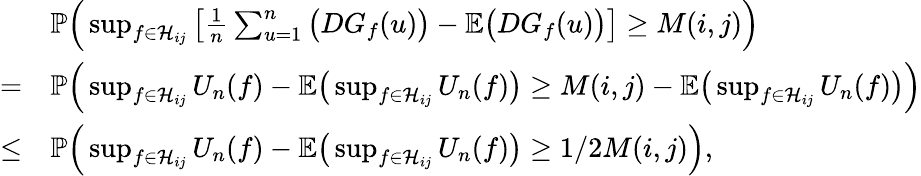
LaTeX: \begin{array}{rl}&{\mathbb{P}\Big(\operatorname*{sup}_{f\in\mathcal{H}_{ij}}\big[\frac{1}{n}\sum_{u=1}^{n}\big(DG_{f}(u)\big)-\mathbb{E}\big(DG_{f}(u)\big)\big]\geq M(i,j)\Big)}\\ {=}&{\mathbb{P}\Big(\operatorname*{sup}_{f\in\mathcal{H}_{ij}}U_{n}(f)-\mathbb{E}\big(\operatorname*{sup}_{f\in\mathcal{H}_{ij}}U_{n}(f)\big)\geq M(i,j)-\mathbb{E}\big(\operatorname*{sup}_{f\in\mathcal{H}_{ij}}U_{n}(f)\big)\Big)}\\ {\leq}&{\mathbb{P}\Big(\operatorname*{sup}_{f\in\mathcal{H}_{ij}}U_{n}(f)-\mathbb{E}\big(\operatorname*{sup}_{f\in\mathcal{H}_{ij}}U_{n}(f)\big)\geq 1/2M(i,j)\Big),}\end{array}